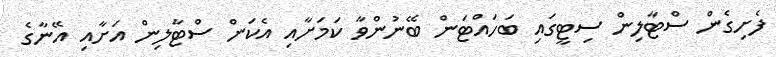
ފެށިގެން ސްޓާލިން ސިޓީގައި ބަހައްޓަން ބޭނުންވާ ކަމަށާއި އެކަން ސްޓާލިން އަށާއި އޭނާގެ